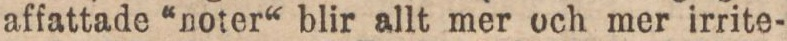
affattade “noter“ blir allt mer och mer irrite-